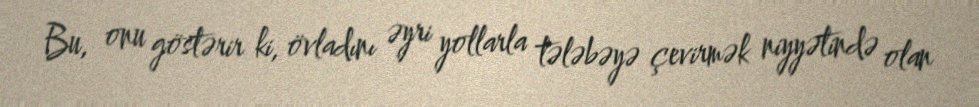
Bu, onu göstərir ki, övladını əyri yollarla tələbəyə çevirmək niyyətində olan